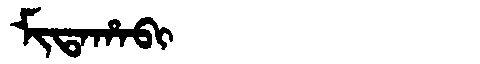
Manchu: ᠮᡳᡨᠠᡥᠠᠪᡳ
Romanization: MITAHABI